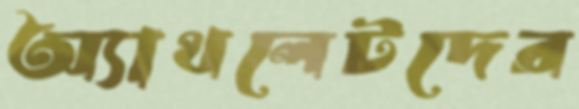
অ্যাথলেটদের